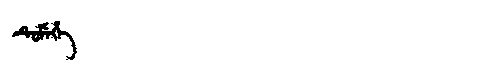
Manchu: ᡨᡠᠮᡝᡥᡝ
Romanization: TUMEHE